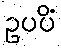
ဥပပိံ